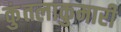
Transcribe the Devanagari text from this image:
कुंतलाकुमारी